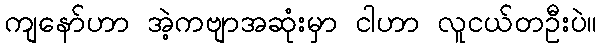
ကျနော်ဟာ အဲ့ကဗျာအဆုံးမှာ ငါဟာ လူငယ်တဦးပဲ။